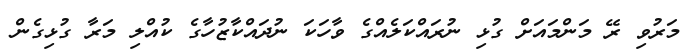
މަރުވި ރޭ މަންމައަށް ގުޅި ނުރައްކަލެއްގެ ވާހަކަ ނުދައްކާޒުހާގެ ކުއްލި މަރާ ގުޅިގެން